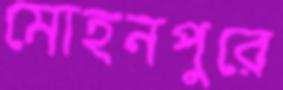
মোহনপুরে